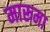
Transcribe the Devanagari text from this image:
मारूमा